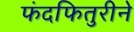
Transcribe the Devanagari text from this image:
फंदफितुरीने